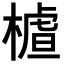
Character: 𣙁